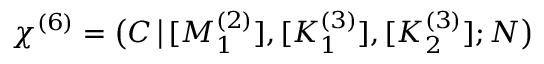
\chi ^ { ( 6 ) } = \big ( C \, \big | \, [ M _ { 1 } ^ { ( 2 ) } ] , [ K _ { 1 } ^ { ( 3 ) } ] , [ K _ { 2 } ^ { ( 3 ) } ] ; N \big )